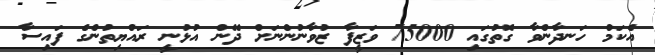
އެކަމް ހަނދާންވާ ގޮތުގައި 75000 ވަޒީފާ ޒުވާނުންނަށް ދޭން އުޅުނީ ރައްޔިތުންގެ ފައިސާ